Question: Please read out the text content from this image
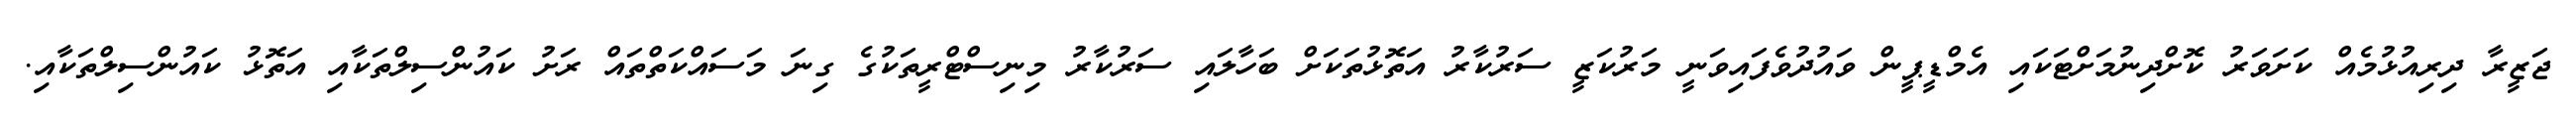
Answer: ޖަޒީރާ ދިރިއުޅުމެއް ކަށަވަރު ކޮށްދިނުމަށްޓަކައި އެމްޑީޕީން ވައުދުވެފައިވަނީ މަރުކަޒީ ސަރުކާރު އަތޮޅުތަކަށް ބަހާލައި ސަރުކާރު މިނިސްޓްރީތަކުގެ ގިނަ މަސައްކަތްތައް ރަށު ކައުންސިލްތަކާއި އަތޮޅު ކައުންސިލްތަކާއި.